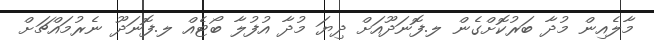
މާލެއިން މުދާ ބަރުކޮށްގެން ލ.ފޮނަދޫއަށް ދިޔަ މުދާ އުފުލާ ބޯޓެއް ލ.ފޮނަދޫ ނެރުމައްޗަށް